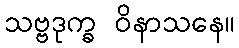
သဗ္ဗဒုက္ခ ဝိနာသနေ။